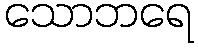
သောဘရေ